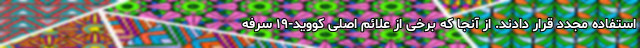
استفاده مجدد قرار دادند. از آنجا که برخی از علائم اصلی کووید-۱۹ سرفه